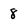
Character: 8